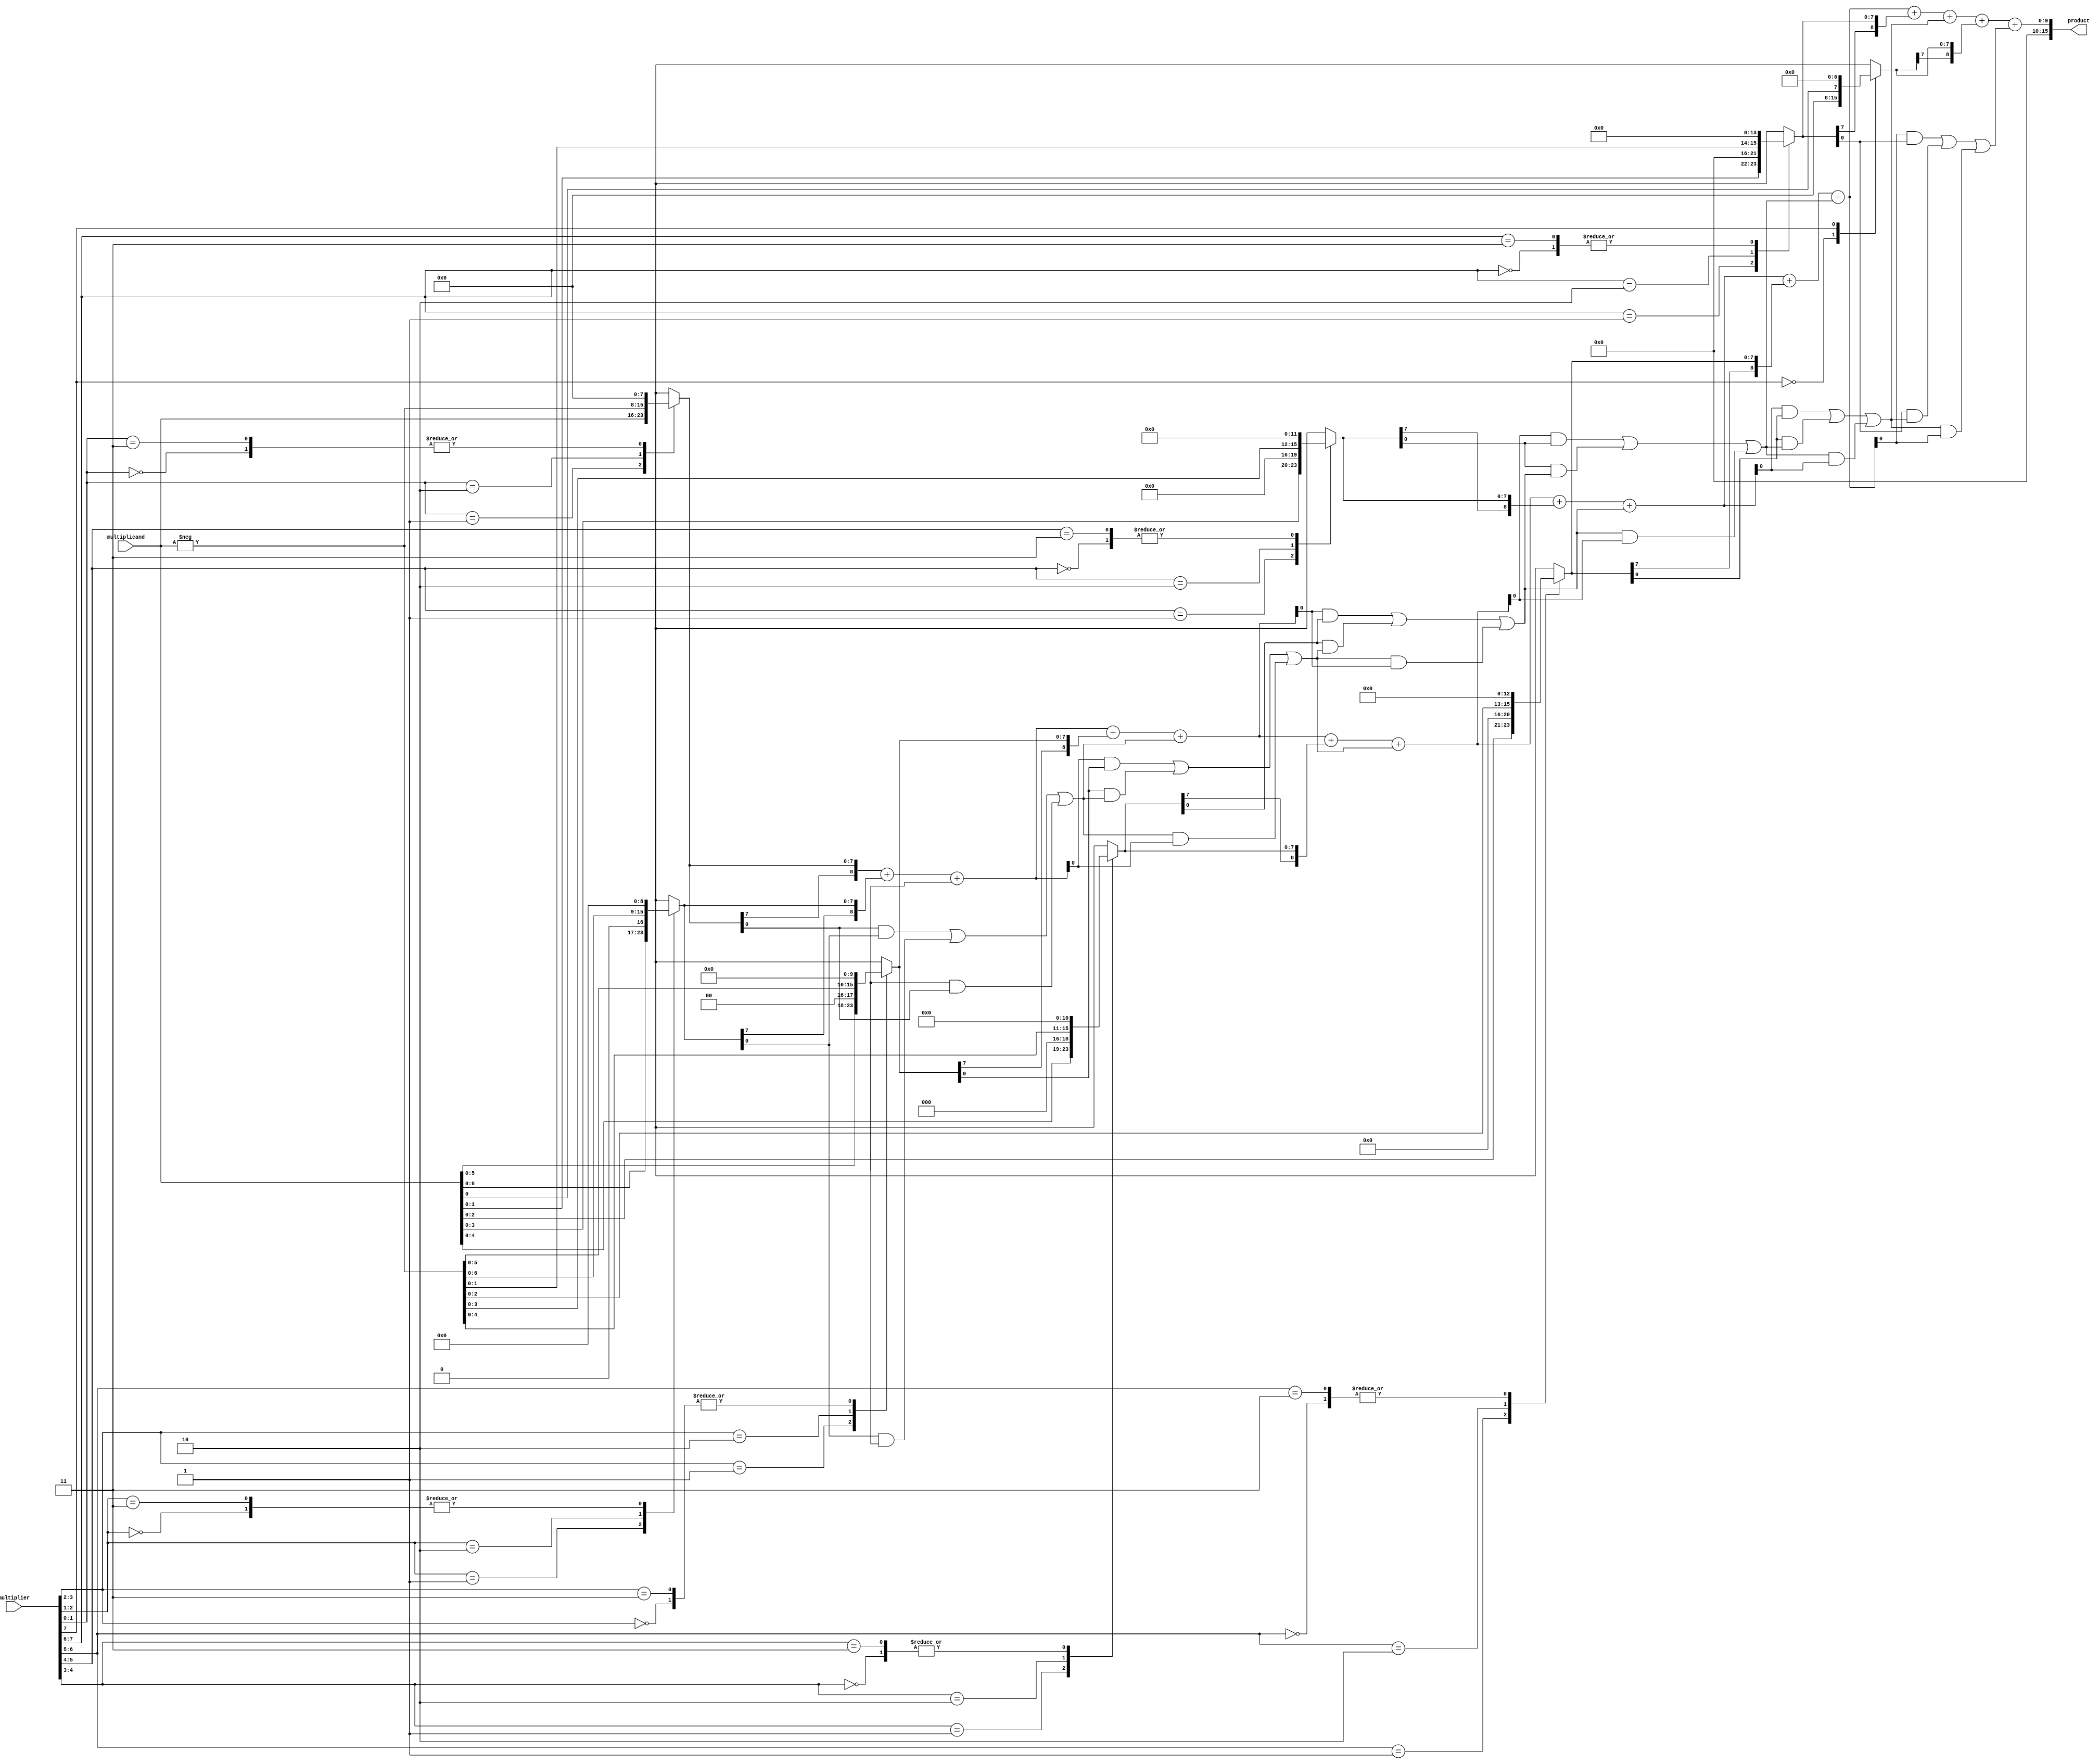
module booth_multiplier #(
    parameter WIDTH = 8 // Width of multiplicand and multiplier
)(
    input signed [WIDTH-1:0] multiplicand,
    input signed [WIDTH-1:0] multiplier,
    output signed [2*WIDTH-1:0] product
);

    // Intermediate signals
    reg signed [WIDTH-1:0] pp [0:WIDTH-1]; // Partial products
    reg [WIDTH+1:0] encoded_multiplier;
    
    integer i;

    // Booth Encoding Process
    always @(multiplicand or multiplier) begin
        encoded_multiplier = {2'b0, multiplier}; // Extend multiplier for Booth's
        for (i = 0; i < WIDTH; i = i + 1) begin
            case (encoded_multiplier[i+1:i])
                2'b00: pp[i] = 0;                       // No operation
                2'b01: pp[i] = multiplicand << i;      // Add multiplicand
                2'b10: pp[i] = -multiplicand << i;     // Subtract multiplicand
                2'b11: pp[i] = 0;                       // No operation (carry forward)
            endcase
        end
    end

    // Wallace Tree Reduction
    wire [WIDTH+1:0] sum[0:WIDTH-1];
    wire carry [0:WIDTH-1];
    
    // Initialize sums with the first partial product
    assign sum[0] = pp[0];
    
    // Full adder for Wallace tree sums
    generate 
        genvar j;
        for (j = 1; j < WIDTH; j = j + 1) begin : reduce_loop
            wire [WIDTH:0] a = sum[j-1];
            wire [WIDTH:0] b = pp[j];
            wire [WIDTH:0] c = (j < WIDTH-1) ? pp[j+1] : 0;
            
            // Full adders logic
            assign sum[j] = a + b + carry[j-1];
            assign carry[j] = (a & b) | (b & carry[j-1]) | (carry[j-1] & a);
        end
    endgenerate

    // Final product calculation
    assign product = sum[WIDTH-1];

endmodule